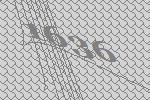
1636